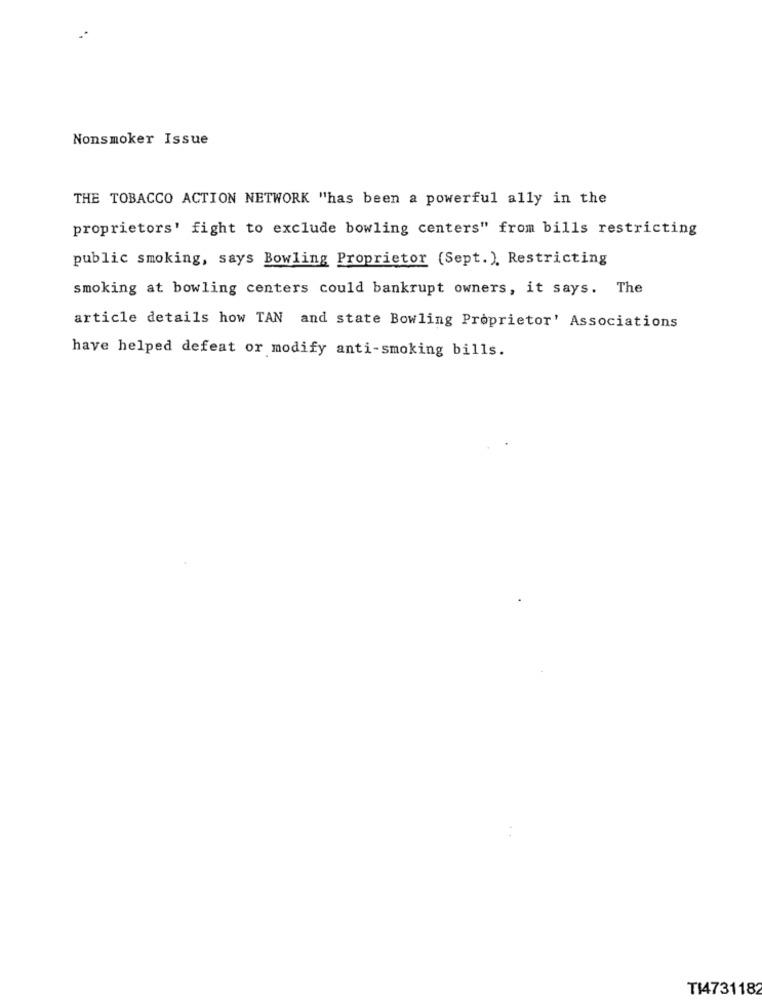
Nonsmoker Issue
THE TOBACCO ACTION NETWORK "has been a powerful ally in the
proprietors' fight to exclude bowling centers" from bills restricting
public smoking, says Bowling Proprietor (Sept.), Restricting
smoking at bowling centers could bankrupt owners, it says. The
article details how TAN and state Bowling Proprietor' Associations
have helped defeat or modify anti-smoking bills.
T14731182